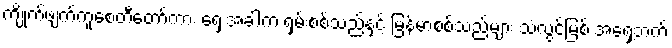
ကျိုက်ဖျက်ကူစေတီတော်ကား ရှေးအခါက ရှမ်းစစ်သည်နှင့် မြန်မာစစ်သည်များ သံလွင်မြစ် အရှေ့ဘက်